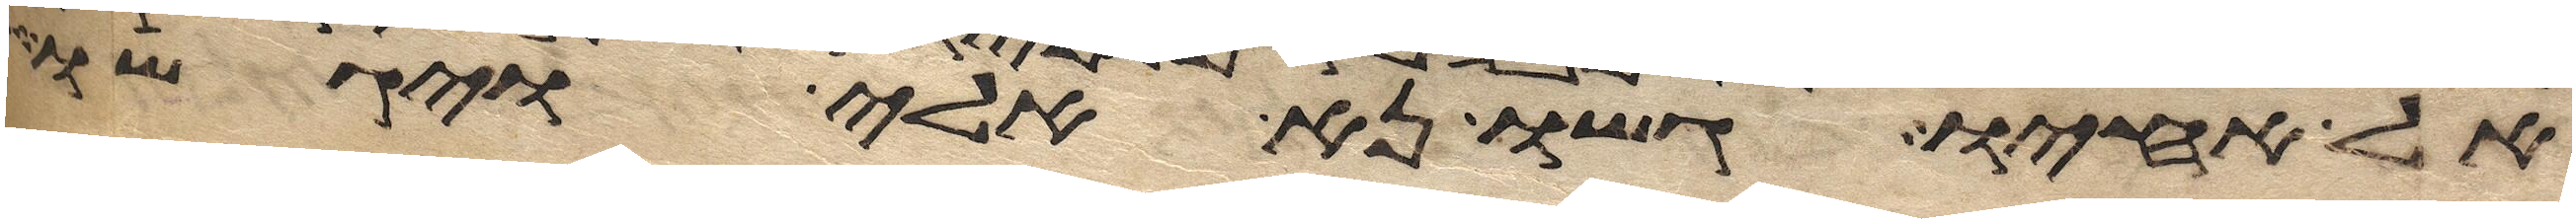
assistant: אל אחיו גשו נא אלי ויגשו